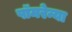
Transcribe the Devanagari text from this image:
पॉमरेन्या